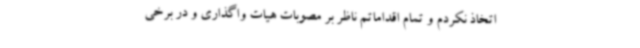
اتخاذ نکردم و تمام اقداماتم ناظر بر مصوبات هیات واگذاری و در برخی